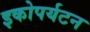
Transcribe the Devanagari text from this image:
इकोपर्यटन